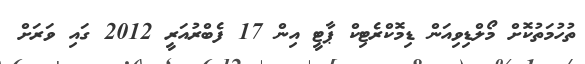
ތުހުމަތުކޮށް މޯލްޑިވިއަން ޑިމޮކްރެޓިކް ޕާޓީ އިން 17 ފެބްރުއަރީ 2012 ގައި ވަރަށް